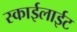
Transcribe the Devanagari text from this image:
स्काईलाईट